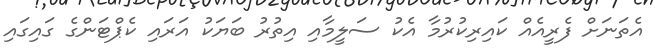
އެތަނަށް ފެރީއެއް ކައިރިކުރުމާ އެކު ސަލީމާއި އިތުރު ބަޔަކު އަރައި ކެޕްޓަންގެ ގައިގައި